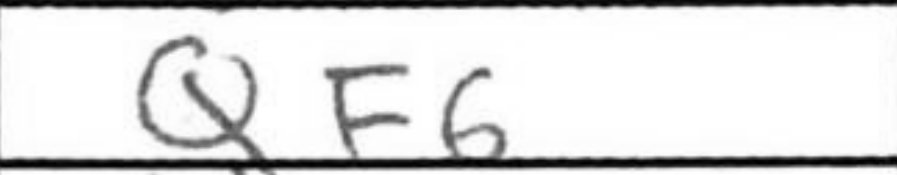
Transcription: Qf6